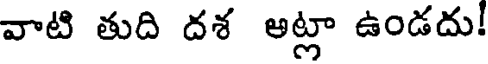
వాటి తుది దశ అట్లా ఉండదు!